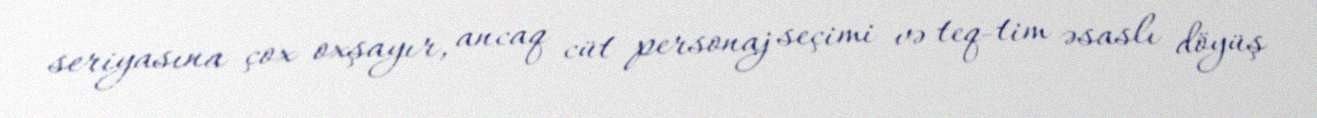
seriyasına çox oxşayır, ancaq cüt personaj seçimi və teq-tim əsaslı döyüş